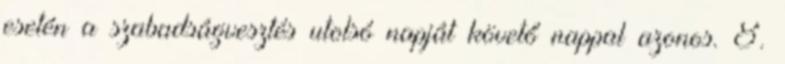
esetén a szabadságvesztés utolsó napját követő nappal azonos. 8.